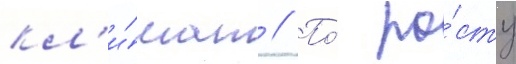
кл'и́мат // По́ ро́сту